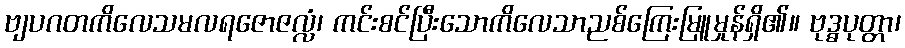
ဗျပဂတကိလေသမလရဇောဇလ္လံ၊ ကင်းစင်ပြီးသောကိလေသာညစ်ကြေးမြူမှုန်ရှိ၏။ ဗုဒ္ဓပုတ္တာ၊